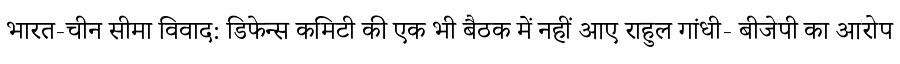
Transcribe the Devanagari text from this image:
भारत-चीन सीमा विवाद: डिफेन्स कमिटी की एक भी बैठक में नहीं आए राहुल गांधी- बीजेपी का आरोप